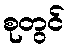
စုတွင်